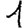
Digit: 1